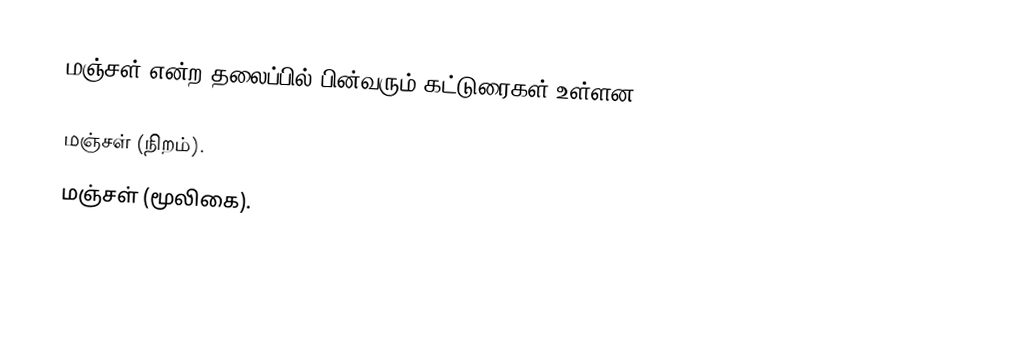
மஞ்சள் என்ற தலைப்பில் பின்வரும் கட்டுரைகள் உள்ளன:

 மஞ்சள் (நிறம்).
 மஞ்சள் (மூலிகை).